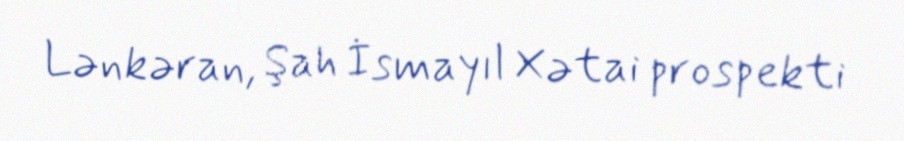
Lənkəran, Şah İsmayıl Xətai prospekti